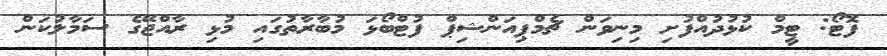
ފޮޓޯ: ޓީމް ކުޅުދުއްފުށި މިނިވަން ޗެމްޕިއަންޝިޕް ފުޓްބޯޅަ މުބާރާތުގައި މުޅި ރާއްޖޭގެ ސަމާލުކަން